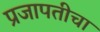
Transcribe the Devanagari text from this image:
प्रजापतीचा